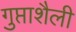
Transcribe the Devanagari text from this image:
गुप्ताशैली